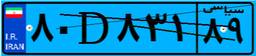
۴۲D۰۳۶۳۸